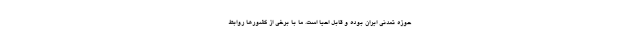
حوزه تمدنی ایران بوده و قابل احیا است. ما با برخی از کشورها روابط